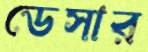
ডেসার